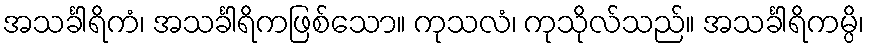
အသင်္ခါရိကံ၊ အသင်္ခါရိကဖြစ်သော။ ကုသလံ၊ ကုသိုလ်သည်။ အသင်္ခါရိကမ္ပိ၊